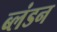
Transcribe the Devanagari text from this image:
ब्लंडन